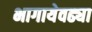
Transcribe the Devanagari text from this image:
भागायेवढ्या